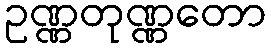
ဥဏ္ဏတုဏ္ဏတော